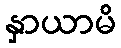
နှာယာမိ